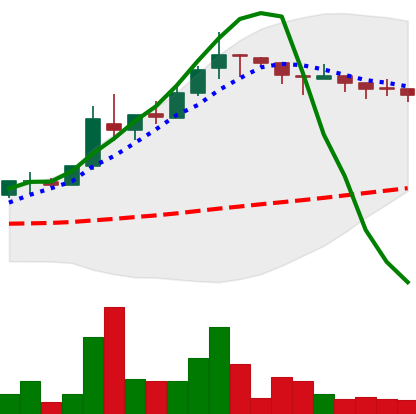
Ticker: TRX-USD
Chart end date: 2018-05-09
Forward return: -10.115%
Label: down_7plus